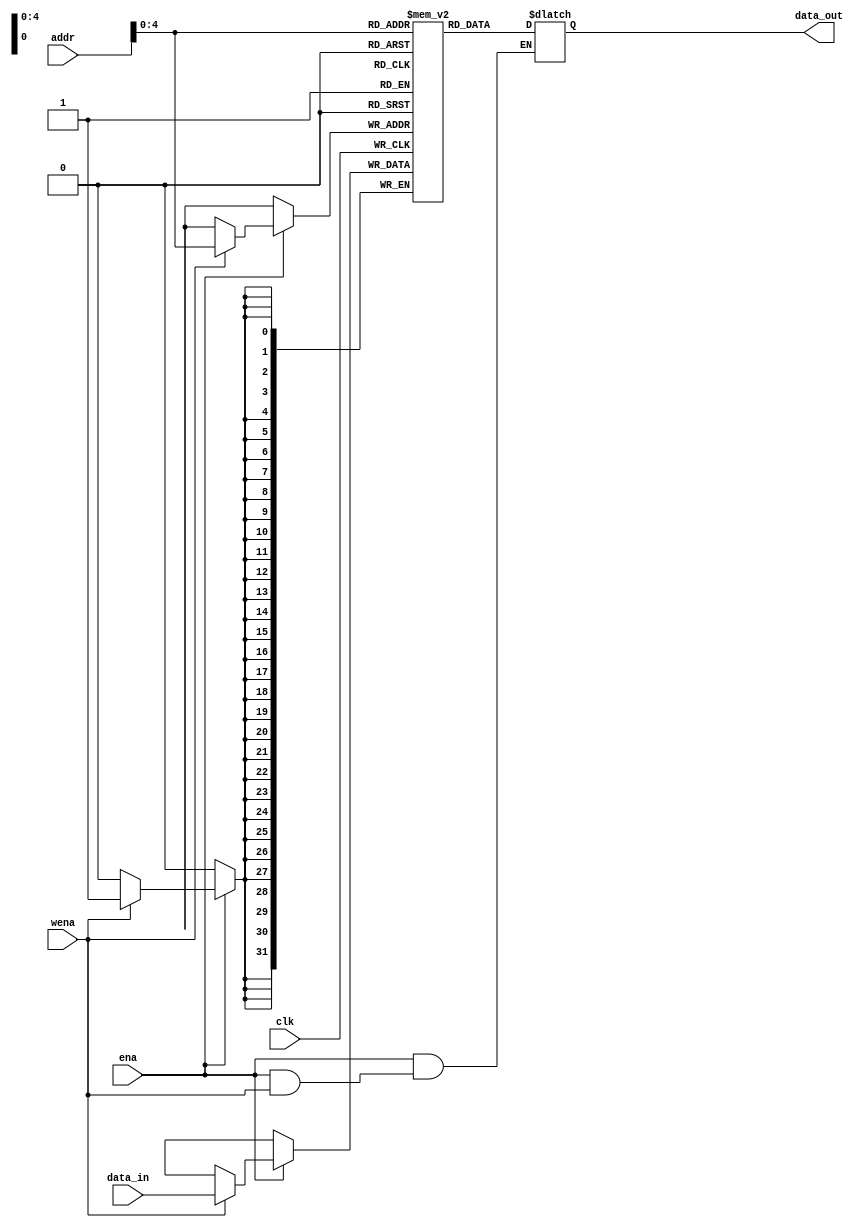
module DMEM(
input clk,
input ena,
input wena,//
input [10:0] addr,
input [31:0] data_in,
output reg [31:0] data_out
    );
    
    reg [31:0] memory [0:31];//reg,
    
    always @(*)
    begin
     if(ena==0)
       data_out=32'hzzzzzzzz;
       else
       begin
       
       if(wena==1)//
       begin
      // memory[addr]=data_in;
       end
       else//
       begin
       data_out=memory[addr];
       end
       
       end
    
    
    
    end
    
    always @(posedge clk)
    begin
    if(ena==0)
    begin
    end
   // data_out=32'hzzzzzzzz;
    else
    begin
    
    if(wena==1)//
    begin
    memory[addr]=data_in;
    end
    else//
    begin
  //  data_out=memory[addr];
    end
    
    end
    
    end
    
    
    
endmodule